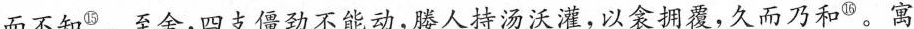
而不知^{⑮}。至舍，四古僵劲不能动，滕人持汤沃灌，以衾拥覆,久而乃和^{⑯}。寓